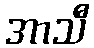
အာသီ